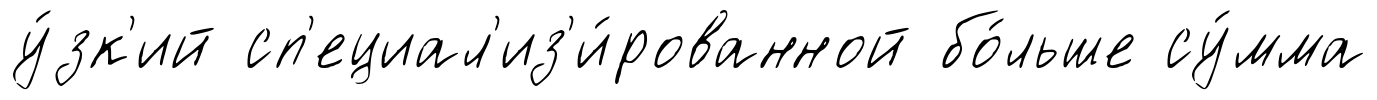
у́зк'ий сп'ециал'из'и́рованной бо́льше су́мма